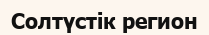
Солтүстік регион